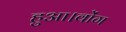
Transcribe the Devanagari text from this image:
हुआ।वोंग